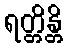
ရတ္တိန္တိ